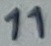
Text: 11